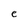
Character: e